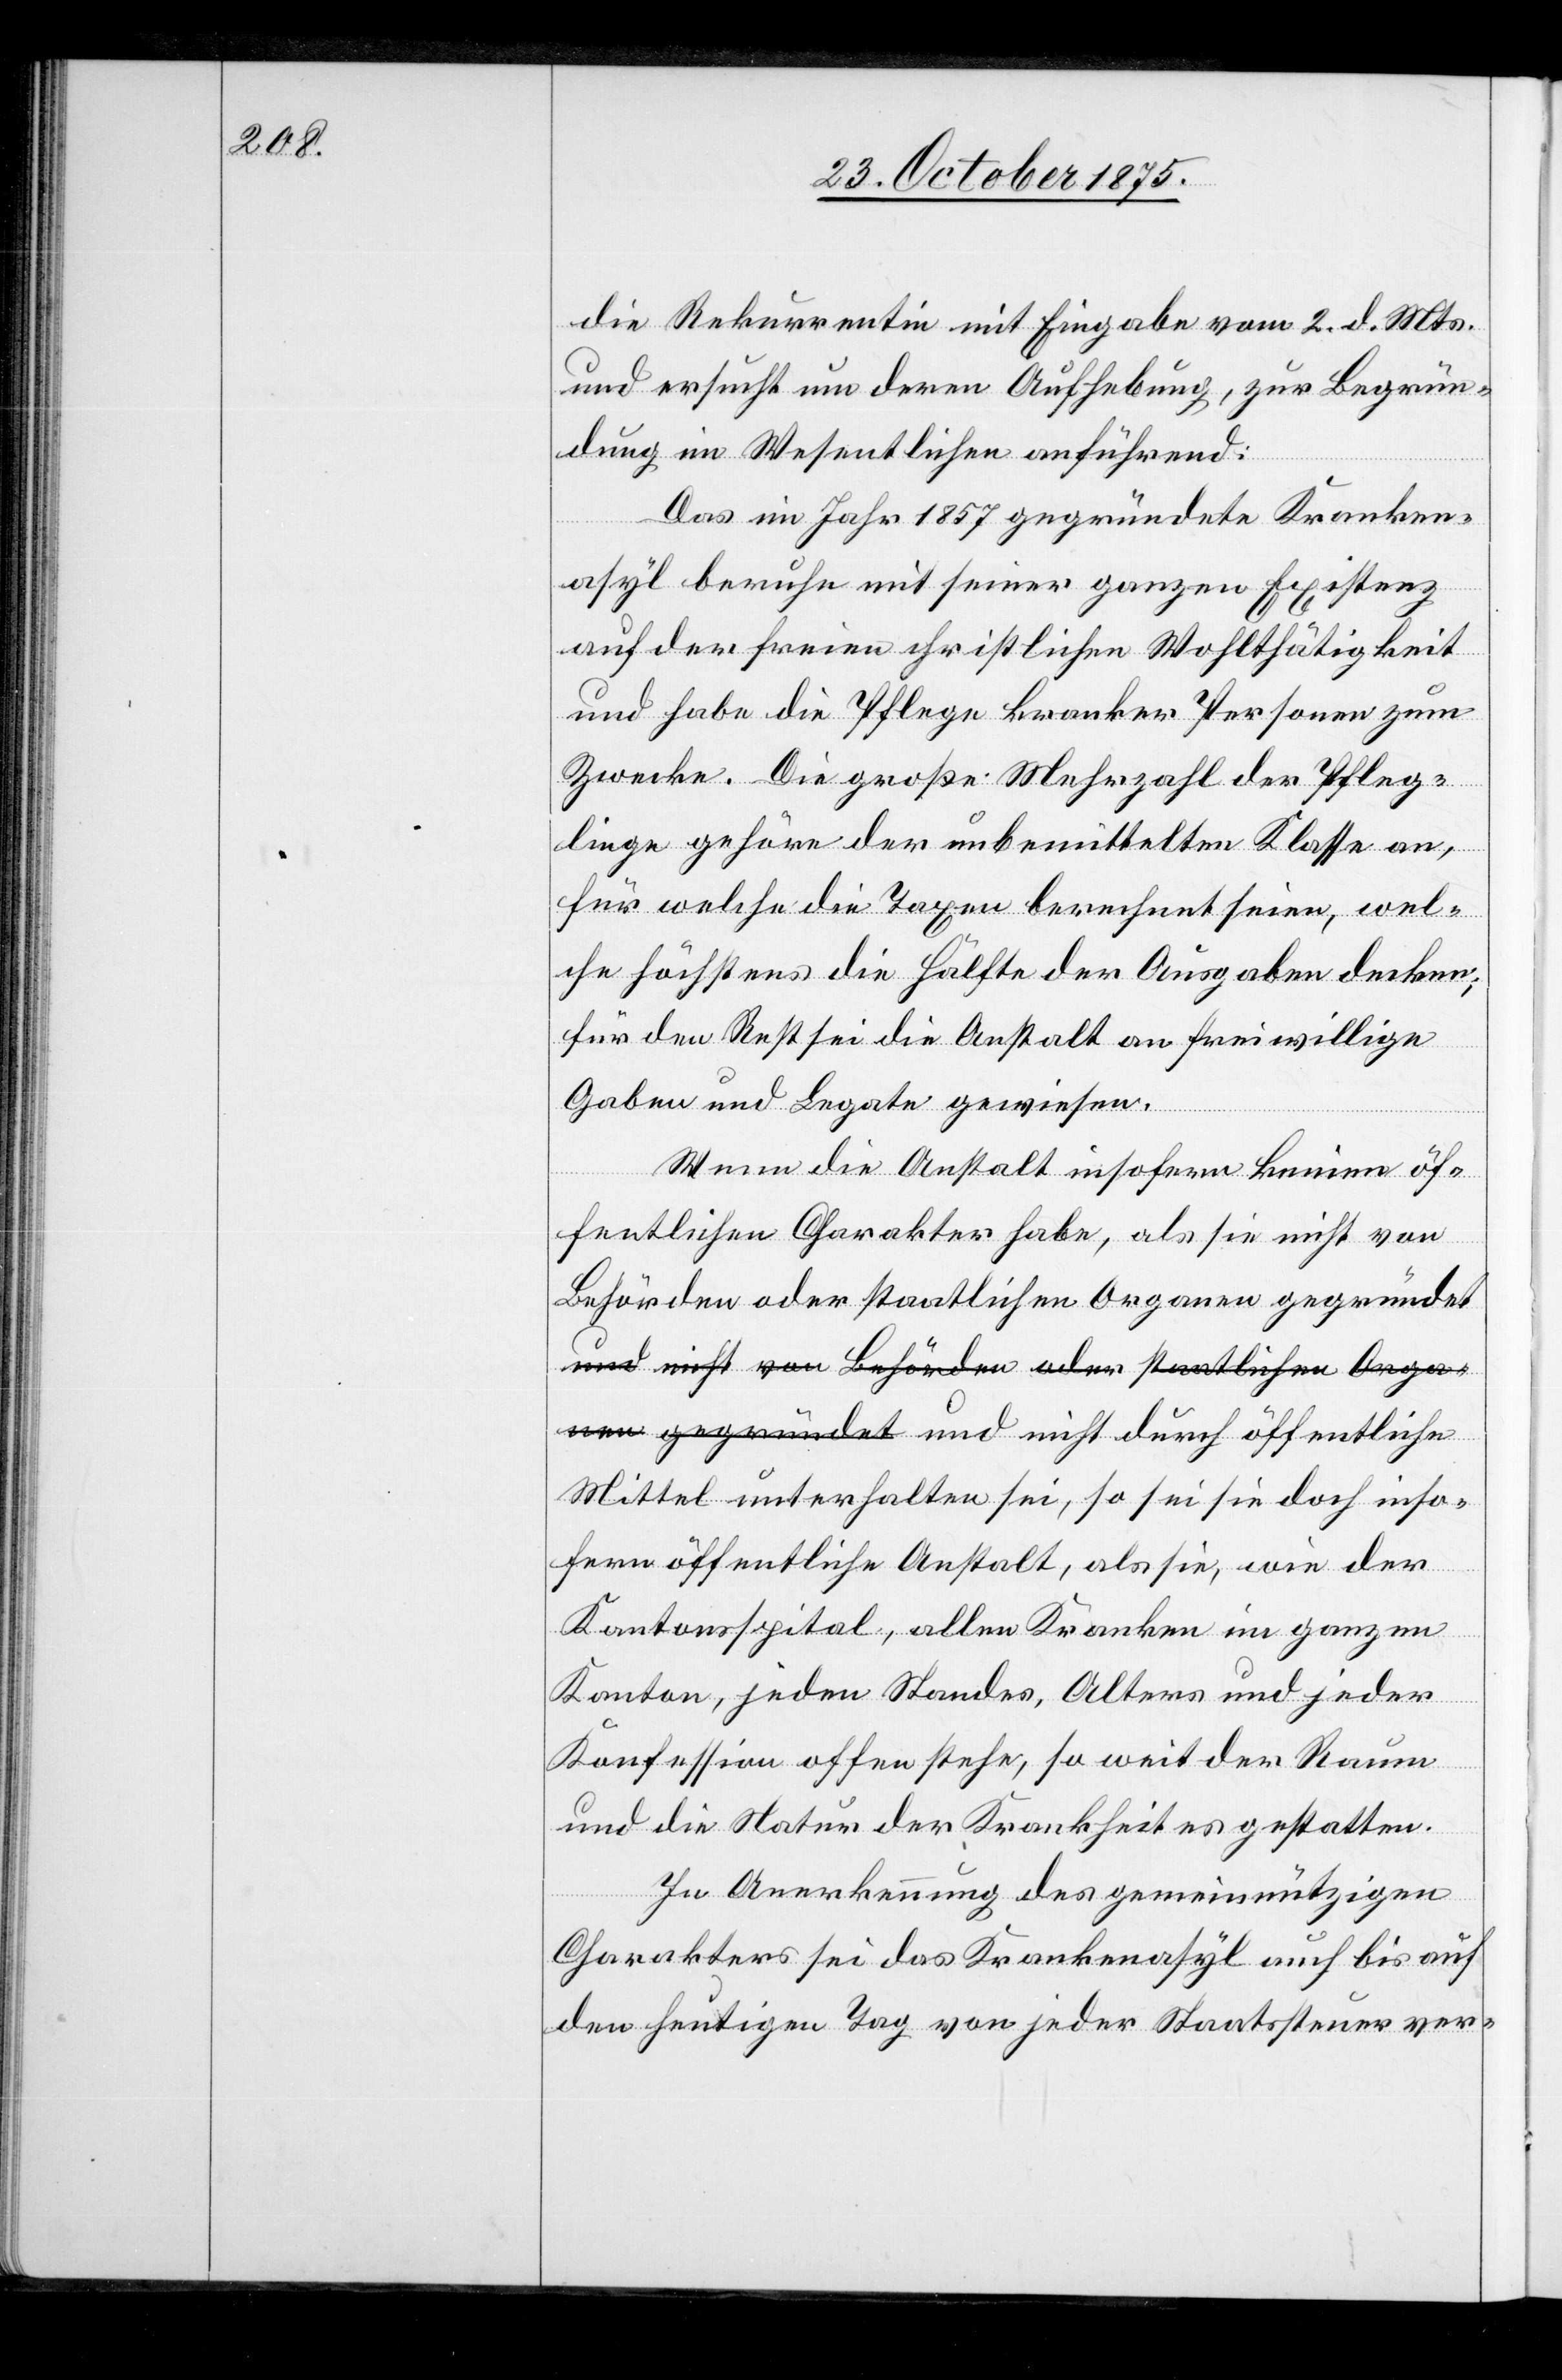
die Rekurrentin mit Eingabe vom 2. d. Mts.
und ersucht um deren Aufhebung, zur Begrün¬
dung im Wesentlichen anführend:
Das im Jahr 1857 gegründete Kranken¬
asyl beruhe mit seiner ganzen Existenz
auf der freien christlichen Wohlthätigkeit
und habe die Pflege kranker Personen zum
Zwecke. Die große Mehrzahl der Pfleg¬
linge gehöre der unbemittelten Klasse an,
für welche die Taxen berechnet seien, wel¬
che höchstens die Hälfte der Ausgaben decken;
für den Rest sei die Anstalt an freiwillige
Gaben und Legate gewiesen.
Wenn die Anstalt insofern keinen öf¬
fentlichen Charakter habe, als sie nicht von
Behörden oder staatlichen Organen gegründet
Mittel unterhalten sei, so sei sie doch inso¬
fern öffentliche Anstalt, als sie, wie der
und
Kantonsspital, allen Kranken im ganzen
Kanton, jeden Standes, Alters und jeder
Konfession offen stehe, so weit der Raum
und die Natur der Krankheit es gestatten.
In Anerkennung des gemeinnützigen
Charakters sei das Krankenasyl auch bis auf
den heutigen Tag von jeder Staatssteuer ver-